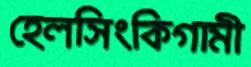
হেলসিংকিগামী